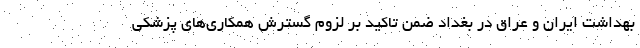
بهداشت ایران و عراق در بغداد ضمن تاکید بر لزوم گسترش همکاری‌های پزشکی